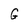
Character: G